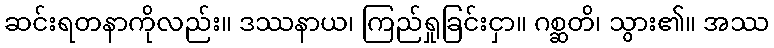
ဆင်းရတနာကိုလည်း။ ဒဿနာယ၊ ကြည်ရှုခြင်းငှာ။ ဂစ္ဆတိ၊ သွား၏။ အဿ